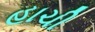
હાચી